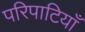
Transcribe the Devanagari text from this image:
परिपाटियाँ